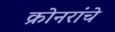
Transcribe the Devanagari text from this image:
क्रोनरांचे